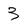
Character: 3